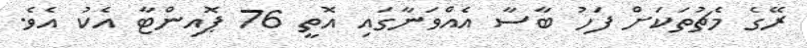
ރޭގެ މެޗުތަކަށް ފަހު ބާސާ އެއްވަނާގައި އޮތީ 76 ޕޮއިންޓާ އެކު އެވެ.